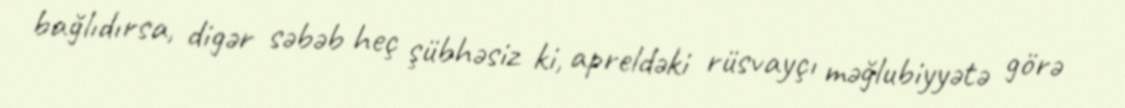
bağlıdırsa, digər səbəb heç şübhəsiz ki, apreldəki rüsvayçı məğlubiyyətə görə